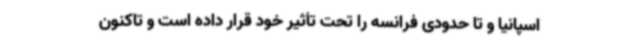
اسپانیا و تا حدودی فرانسه را تحت تأثیر خود قرار داده است و تاکنون